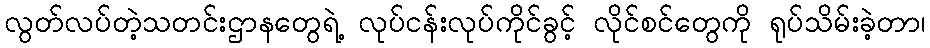
လွတ်လပ်တဲ့သတင်းဌာနတွေရဲ့ လုပ်ငန်းလုပ်ကိုင်ခွင့် လိုင်စင်တွေကို ရုပ်သိမ်းခဲ့တာ၊